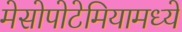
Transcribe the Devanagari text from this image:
मेसोपोटेमियामध्ये